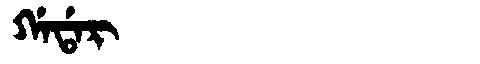
Manchu: ᡤᠠᡩᠠᡵ
Romanization: GADAR